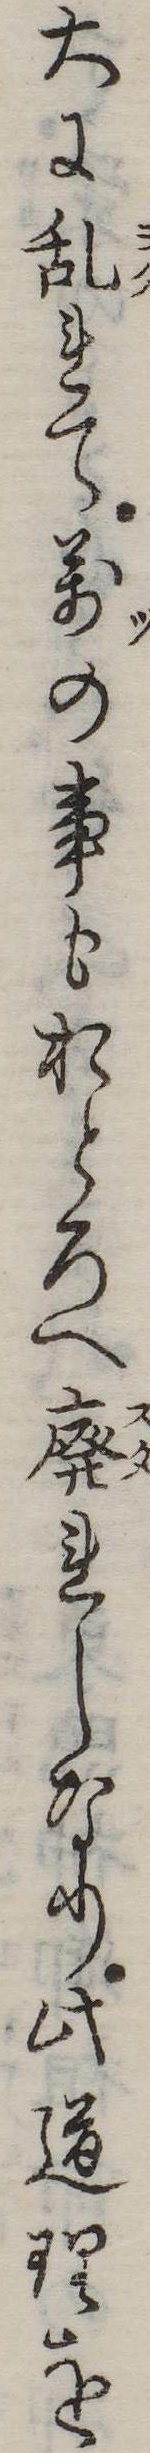
大に乱れて万の事もおとろへ廃れしなり此道理を